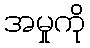
အမှုကို